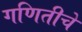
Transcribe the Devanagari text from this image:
गणितीचे